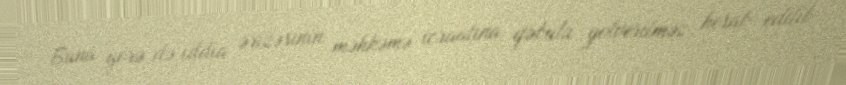
Buna görə də iddia ərizəsinin məhkəmə icraatına qəbulu yolverilməz hesab edilib